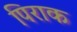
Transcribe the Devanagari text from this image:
पिराक